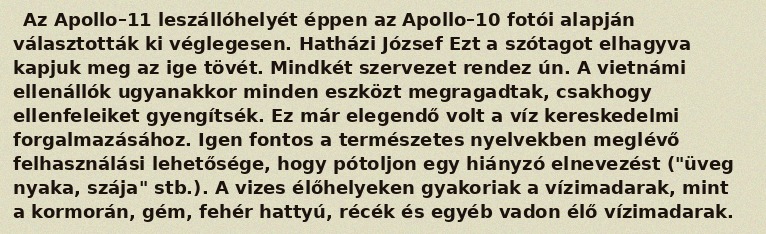
Az Apollo–11 leszállóhelyét éppen az Apollo–10 fotói alapján választották ki véglegesen. Hatházi József Ezt a szótagot elhagyva kapjuk meg az ige tövét. Mindkét szervezet rendez ún. A vietnámi ellenállók ugyanakkor minden eszközt megragadtak, csakhogy ellenfeleiket gyengítsék. Ez már elegendő volt a víz kereskedelmi forgalmazásához. Igen fontos a természetes nyelvekben meglévő felhasználási lehetősége, hogy pótoljon egy hiányzó elnevezést ("üveg nyaka, szája" stb.). A vizes élőhelyeken gyakoriak a vízimadarak, mint a kormorán, gém, fehér hattyú, récék és egyéb vadon élő vízimadarak.